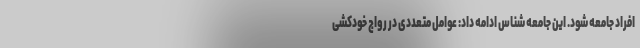
افراد جامعه شود. این جامعه شناس ادامه داد: عوامل متعددی در رواج خودکشی